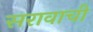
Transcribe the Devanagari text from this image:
सरावाची